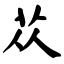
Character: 苁